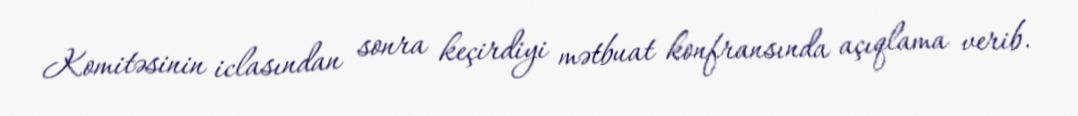
Komitəsinin iclasından sonra keçirdiyi mətbuat konfransında açıqlama verib.